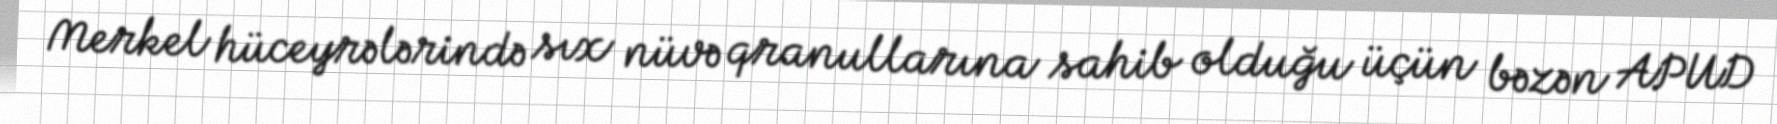
Merkel hüceyrələrində sıx nüvə qranullarına sahib olduğu üçün bəzən APUD